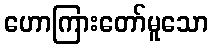
ဟောကြားတော်မူသော